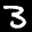
Label: 3